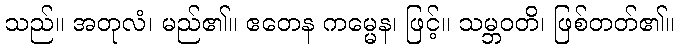
သည်။ အတုလံ၊ မည်၏။ ဧတေန ကမ္မေန၊ ဖြင့်။ သမ္ဘဝတိ၊ ဖြစ်တတ်၏။